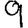
Digit: 9